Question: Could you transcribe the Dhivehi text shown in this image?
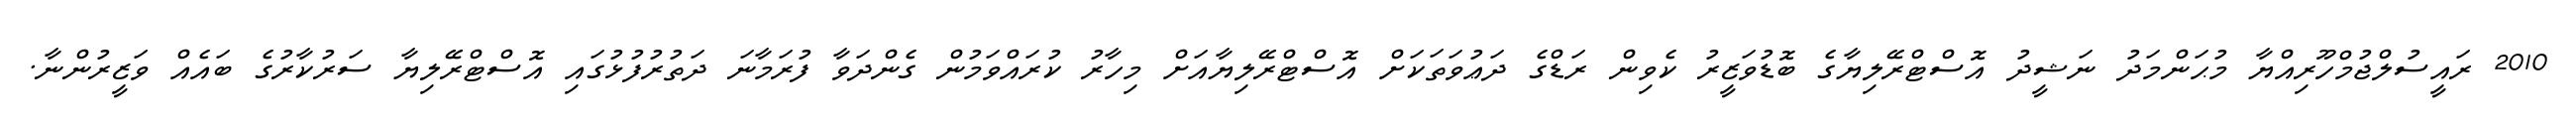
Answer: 2010 ރައީސުލްޖުމްހޫރިއްޔާ މުޙަންމަދު ނަޝީދު އޮސްޓްރޭލިޔާގެ ބޮޑުވަޒީރު ކެވިން ރަޑްގެ ދަޢުވަތަކަށް އޮސްޓްރޭލިޔާއަށް މިހާރު ކުރައްވަމުން ގެންދަވާ ފުރަމާނަ ދަތުރުފުޅުގައި އޮސްޓްރޭލިޔާ ސަރުކާރުގެ ބައެއް ވަޒީރުންނާ.